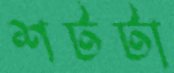
শটটা